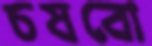
চষবো